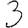
Digit: 3